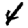
Digit: 4